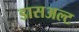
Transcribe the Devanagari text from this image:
डासअल्ट